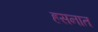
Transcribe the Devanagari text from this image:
हसनात